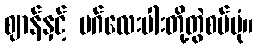
ဈာန်နှင့် မဂ်လေးပါးတို့တွဲစပ်ပုံ။